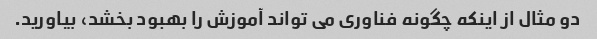
دو مثال از اینکه چگونه فناوری می تواند آموزش را بهبود بخشد، بیاورید.